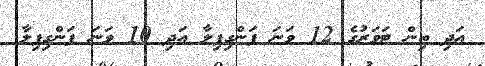
އަދި ތިން ޓަވަރުގެ 12 ވަނަ ފަންގިފިލާ އަދި 10 ވަނަ ފަންގިފިލާ